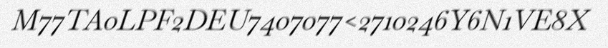
M77TA0LPF2DEU7407077<2710246Y6N1VE8X